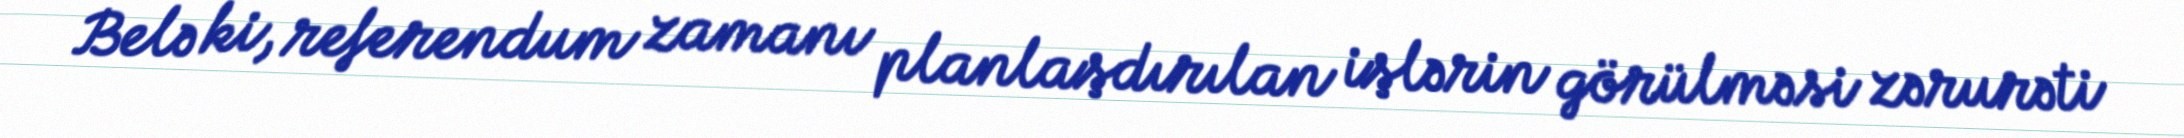
Belə ki, referendum zamanı planlaşdırılan işlərin görülməsi zərurəti